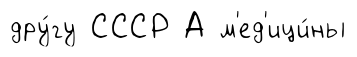
дру́гу СССР А м'ед'ици́ны